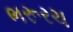
ભરૂરચ